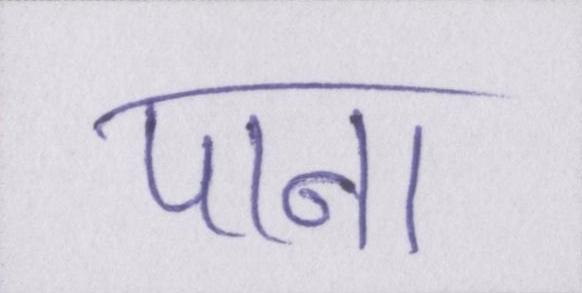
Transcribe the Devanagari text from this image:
पाना